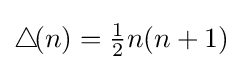
\bigtriangleup \!(n)={\tfrac {1}{2}}n(n+1)